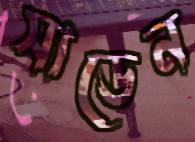
সাডেন